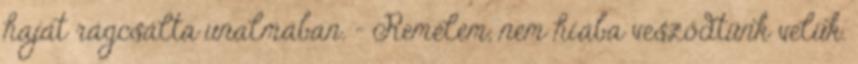
haját rágcsálta unalmában. – Remélem, nem hiába vesződtünk velük.